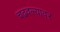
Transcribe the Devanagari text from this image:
चढवल्यावर